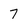
Character: 7